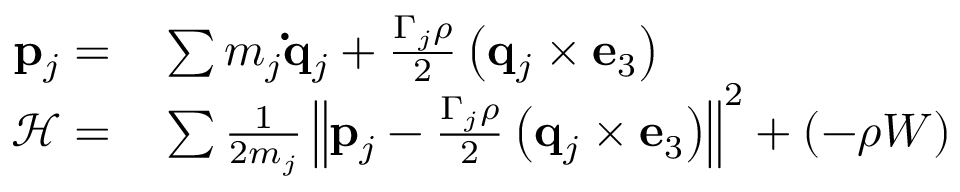
\begin{array} { r l } { \mathbf { p } _ { j } = } & { { } \sum m _ { j } \mathbf { \dot { q } } _ { j } + \frac { \Gamma _ { j } \rho } { 2 } \left( \mathbf { q } _ { j } \times \mathbf { e } _ { 3 } \right) } \\ { \mathcal { H } = } & { { } \sum \frac { 1 } { 2 m _ { j } } \left\| \mathbf { p } _ { j } - \frac { \Gamma _ { j } \rho } { 2 } \left( \mathbf { q } _ { j } \times \mathbf { e } _ { 3 } \right) \right\| ^ { 2 } + ( - \rho W ) } \end{array}